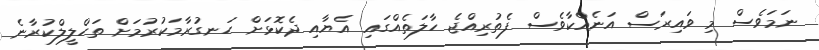
ނަމަވެސް މި ވައިރަސް އަނެއްކާވެސް ފެތުރިއްޖެ ހާލަތެއްގައި އެޔާއި ދެކޮޅަށް ހަނގުރާމަކުރުމަށް ތަހްލީލްކުރާނެ